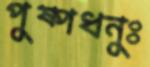
পুষ্পধনুঃ